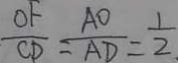
\frac { O F } { C D } = \frac { A O } { A D } = \frac { 1 } { 2 } .